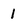
Character: 1